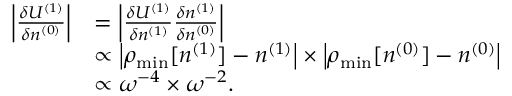
\begin{array} { r l } { \left\vert \frac { \delta { \cal U } ^ { ( 1 ) } } { \delta n ^ { ( 0 ) } } \right\vert } & { = \left\vert \frac { \delta { \cal U } ^ { ( 1 ) } } { \delta n ^ { ( 1 ) } } \frac { \delta n ^ { ( 1 ) } } { \delta n ^ { ( 0 ) } } \right\vert } \\ & { \propto \left\vert \rho _ { \mathrm { m i n } } [ n ^ { ( 1 ) } ] - n ^ { ( 1 ) } \right\vert \times \left\vert \rho _ { \mathrm { m i n } } [ n ^ { ( 0 ) } ] - n ^ { ( 0 ) } \right\vert } \\ & { \propto \omega ^ { - 4 } \times \omega ^ { - 2 } . } \end{array}